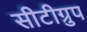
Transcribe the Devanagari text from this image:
सीटीग्रुप